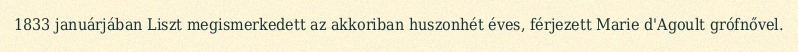
1833 januárjában Liszt megismerkedett az akkoriban huszonhét éves, férjezett Marie d'Agoult grófnővel.